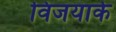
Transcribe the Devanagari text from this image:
विजयार्क